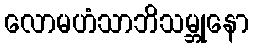
လောမဟံသာဘိသမ္ဘုနော